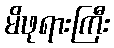
မိဖုရားကြီး